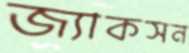
জ্যাকসন